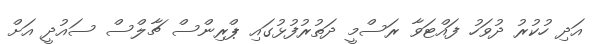
އަދި ހުކުރު ދުވަހު ފައްޓަވާ ރަސްމީ ދަތުރުފުޅުގައި ޕްރިންސް ޗާލްސް ސައުދީ އަށް